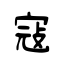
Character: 寇